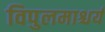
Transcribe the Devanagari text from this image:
विपुलमाश्चर्य